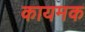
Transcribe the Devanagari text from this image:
कायमक